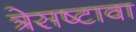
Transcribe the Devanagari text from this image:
त्रेसष्टावा